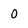
Character: 0